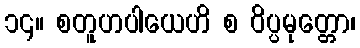
၁၄။ စတူဟပါယေဟိ စ ဝိပ္ပမုတ္တော၊